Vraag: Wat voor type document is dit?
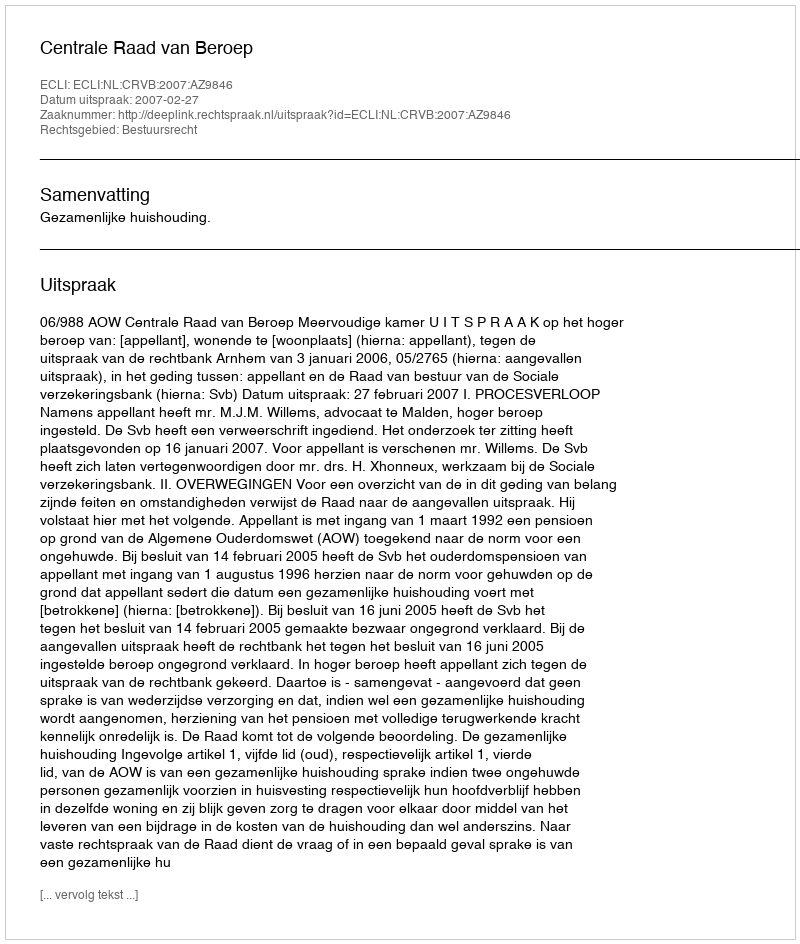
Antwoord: Uitspraak